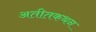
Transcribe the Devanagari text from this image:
अतीतकथन